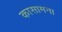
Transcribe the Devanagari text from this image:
कासामना